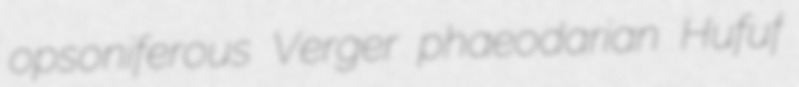
opsoniferous Verger phaeodarian Hufuf